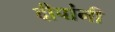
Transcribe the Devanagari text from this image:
दीपांनी